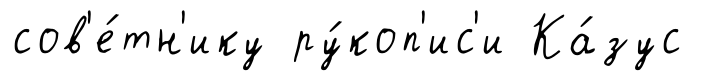
сов'е́тн'ику ру́коп'ис'и Ка́зус